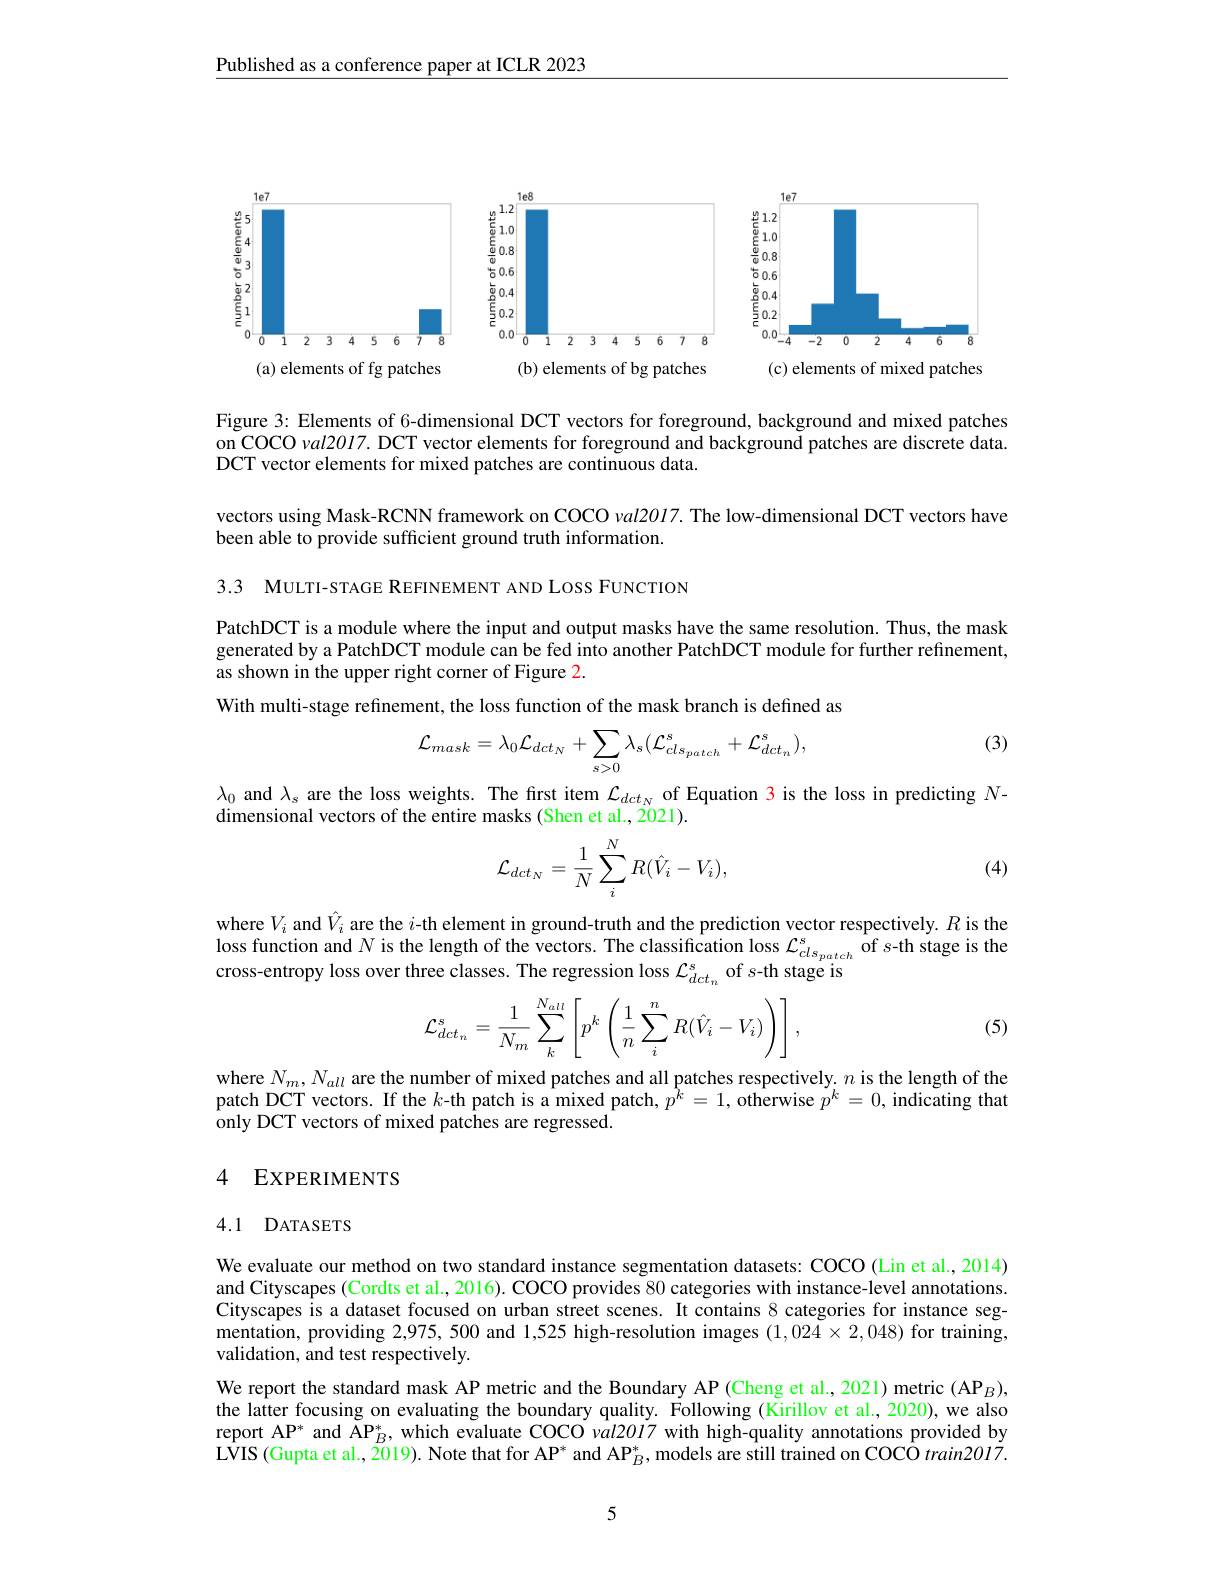
Published as a conference paper at ICLR 2023

<FigureHere>

Figure 3: Elements of 6-dimensional DCT vectors for foreground, background and mixed patches on COCO val2017. DCT vector elements for foreground and background patches are discrete data. DCT vector elements for mixed patches are continuous data.

vectors using Mask-RCNN framework on COCO val2017. The low-dimensional DCT vectors have
been able to provide sufficient ground truth information.

3.3 MULTI-STAGE REFINEMENT AND LOSS FUNCTION

PatchDCT is a module where the input and output masks have the same resolution. Thus, the mask generated by a PatchDCT module can be fed into another PatchDCT module for further refinement, as shown in the upper right corner of Figure 2.
With multi-stage refinement, the loss function of the mask branch is defined as

(3)
$$\mathcal{L}_{mask}=\lambda_{0}\mathcal{L}_{dct_{N}}+\sum_{s>0}\lambda_{s}(\mathcal{L}_{cls_{patch}}^{s}+\mathcal{L}_{dct_{n}}^{s}),$$
$\lambda_0$ and $\lambda_s$ are the loss weights. The first item $\mathcal{L}_dct_N$ of Equation 3 is the loss in predicting $N$-
dimensional vectors of the entire masks (Shen et al., 2021).
$$\mathcal{L}_{dct_N}=\frac{1}{N}\sum_i^NR(\hat{V}_i-V_i),$$
(4)

where $V_i$ and $\hat{V}_i$ are the $i$-th element in ground-truth and the prediction vector respectively. $R$ is the loss function and $N$ is the length of the vectors. The classification loss $\mathcal{L}_{cls_{patch}}^{s}$ of $s$-th stage is the cross-entropy loss over three classes. The regression loss $\mathcal{L}_dct_n^s$ of $s$-th stage is
$$\mathcal{L}_{dct_n}^s=\dfrac{1}{N_m}\sum_k^{N_{all}}\left[p^k\left(\dfrac{1}{n}\sum_i^nR(\hat{V}_i-V_i)\right)\right],$$
(5)

where $N_m,N_{all}$ are the number of mixed patches and all patches respectively. $n$ is the length of the patch DCT vectors. If the $k$-th patch is a mixed patch, $p^{\hat{k}}=1,\hat{\text{otherwise }p}^{k}=0,\bar{\text{indicating that}}$ only DCT vectors of mixed patches are regressed.

### 4 EXPERIMENTS

### 4.1 DATASETS

We evaluate our method on two standard instance segmentation datasets: COCO (Lin et al., 2014) and Cityscapes (Cordts et al., 2016). COCO provides 80 categories with instance-level annotations. Cityscapes is a dataset focused on urban street scenes. It contains 8 categories for instance seg- $\begin{array}{cc}\text{mentation, providing 2,975, 500 and 1,525 high-resolution images }(1,024\times2,048)\end{array}$for training, validation, and test respectively.
We report the standard mask AP metric and the Boundary AP (Cheng et al., 2021) metric (AP$_B)$, the latter focusing on evaluating the boundary quality. Following (Kirillov et al., 2020), we also report AP* and $\check{\text{AP}}_B^*$, which evaluate COCO val2017 with high-quality annotations provided by $\bar{\mathrm{LVIS}}\left(\text{Gupta et al., 2019). Note that for AP}^*\text{ and AP}_B^*,\text{models are still trained on COCO train2017.}\right)$

5